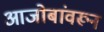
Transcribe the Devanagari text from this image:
आजोबांवरून